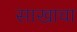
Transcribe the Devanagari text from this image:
साखाचा